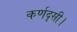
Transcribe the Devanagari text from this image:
कर्णदृसी।